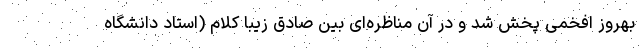
بهروز افخمی پخش شد و در آن مناظره‌ای بین صادق زیبا کلام (استاد دانشگاه